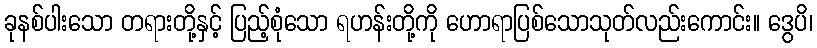
ခုနစ်ပါးသော တရားတို့နှင့် ပြည့်စုံသော ရဟန်းတို့ကို ဟောရာပြစ်သောသုတ်လည်းကောင်း။ ဒွေပိ၊